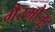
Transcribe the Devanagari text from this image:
गैरमौजूद